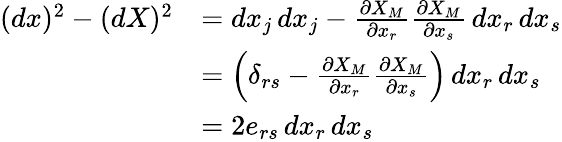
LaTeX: {\begin{array}{rl}{(dx)^{2}-(dX)^{2}}&{=dx_{j}\, dx_{j}-{\frac{\partial X_{M}}{\partial x_{r}}}{\frac{\partial X_{M}}{\partial x_{s}}}\, dx_{r}\, dx_{s}}\\ &{=\left(\delta_{rs}-{\frac{\partial X_{M}}{\partial x_{r}}}{\frac{\partial X_{M}}{\partial x_{s}}}\right)\, dx_{r}\, dx_{s}}\\ &{=2e_{rs}\, dx_{r}\, dx_{s}}\end{array}}